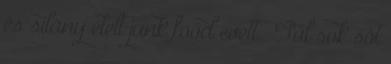
és silány ételt junk food evett. „Túl sok sót